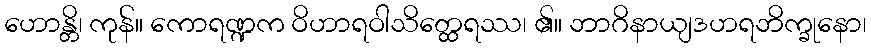
ဟောန္တိ၊ ကုန်။ ကောရဏ္ဍက ဝိဟာရဝါသိတ္ထေရဿ၊ ၏။ ဘာဂိနာယျဒဟရဘိက္ခုနော၊